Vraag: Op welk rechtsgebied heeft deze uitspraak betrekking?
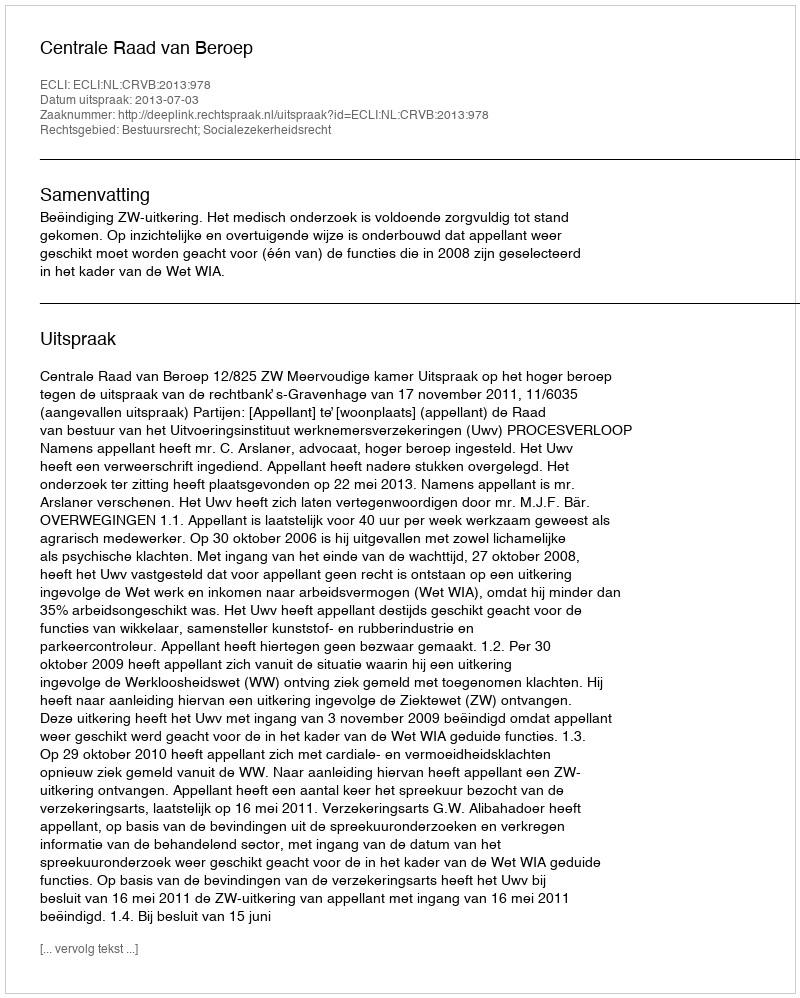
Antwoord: Bestuursrecht; Socialezekerheidsrecht